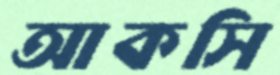
আকসি